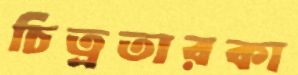
চিত্রতারকা